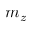
m _ { z }